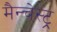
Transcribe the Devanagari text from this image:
मैन्चेस्ट्र